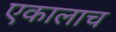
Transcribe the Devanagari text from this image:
एकालाच